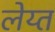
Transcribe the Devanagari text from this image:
लेय्त